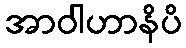
အာဝါဟာနိပိ